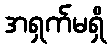
အရှက်မရှိ